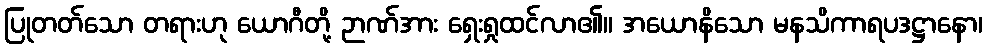
ပြုတတ်သော တရားဟု ယောဂီတို့ ဉာဏ်အား ရှေးရှုထင်လာ၏။ အယောနိသော မနသိကာရပဒဋ္ဌာနော၊